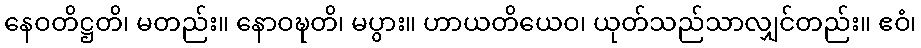
နေဝတိဋ္ဌတိ၊ မတည်း။ နောဝဍ္ဎတိ၊ မပွား။ ဟာယတိယေဝ၊ ယုတ်သည်သာလျှင်တည်း။ ဧဝံ၊